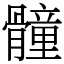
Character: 𩪘